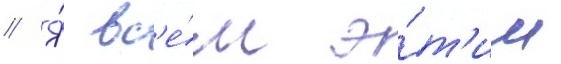
// Я́ вс'е́м э́т'им